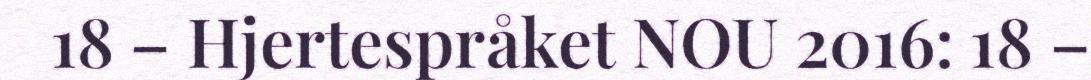
18 – Hjertespråket NOU 2016: 18 –